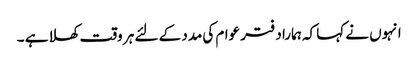
انہوں نے کہا کہ ہمارا دفتر عوام کی مدد کے لئے ہر وقت کھلا ہے ۔